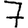
Digit: 7